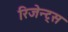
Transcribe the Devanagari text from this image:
रिजेन्ट्स